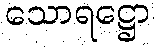
သောရဋ္ဌော